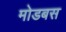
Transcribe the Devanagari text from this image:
मोडबस